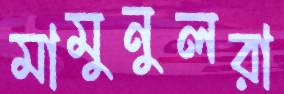
মামুনুলরা